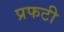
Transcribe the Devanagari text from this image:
प्रफटी